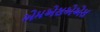
એમએસએએસ